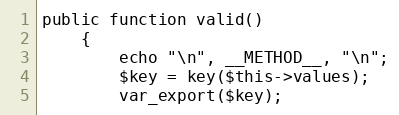
Language: PHP
public function valid()
    {
        echo "\n", __METHOD__, "\n";
        $key = key($this->values);
        var_export($key);